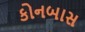
કોનબાસ